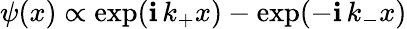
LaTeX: \psi(x)\propto\exp(\mathbf{i}\, k_{+}x)-\exp(-\mathbf{i}\, k_{-}x)